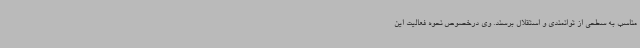
مناسب به سطحی از توانمندی و استقلال برسند. وی درخصوص نحوه فعالیت این